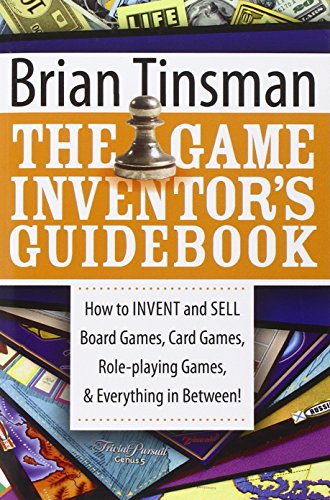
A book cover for The Game Inventor's Guidebook: How to Invent and Sell Board Games, Card Games, Role-Playing Games, & Everything in Between!; Brian Tinsman; Humor & Entertainment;